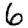
Digit: 6